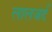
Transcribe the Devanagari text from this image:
लालजर्द